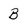
Character: B